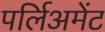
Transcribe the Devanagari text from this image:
पर्लिअमेंट